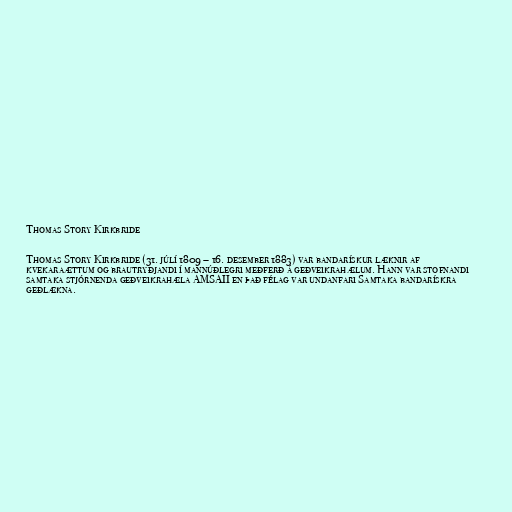
Thomas Story Kirkbride

Thomas Story Kirkbride (31. júlí 1809 – 16. desember 1883) var bandarískur læknir af
kvekaraættum og brautryðjandi í mannúðlegri meðferð á geðveikrahælum. Hann var stofnandi
samtaka stjórnenda geðveikrahæla AMSAII en það félag var undanfari Samtaka bandarískra
geðlækna.